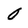
Character: 0